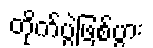
တိုက်ပွဲဖြစ်ပွား